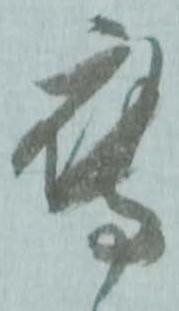
鷹